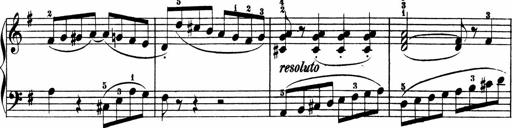
Title: 3 Sonatinen
Composer: Heinrich Lichner